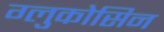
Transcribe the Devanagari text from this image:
ग्लुकोसिन